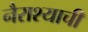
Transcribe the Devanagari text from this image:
नैराश्याची